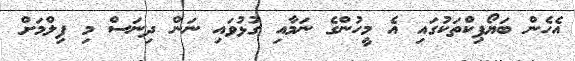
އެހެން ބަޔޯޕިކްތަކުގައި އެ މީހުންގެ ނަމާއި ގުޅުވައި ނަން ދިނަސް މި ފިލްމަށް